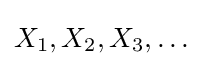
X_{1},X_{2},X_{3},\dotsc